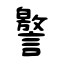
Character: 譥